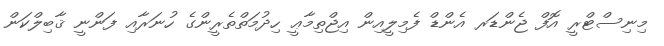
މިނިސްޓްރީ އޮފް ޖެންޑަރ އެންޑް ފެމިލީއިން އިޖްތިމާޢީ ހިދުމަތްތެރީންގެ ހުނަރާއި ފަންނީ ޤާބިލްކަން